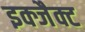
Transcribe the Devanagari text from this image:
इक्जैक्ट